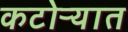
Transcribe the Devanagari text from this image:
कटोऱ्यात